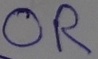
Text: OR